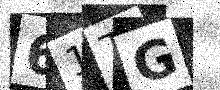
Text: 61TG